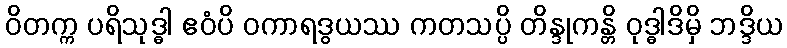
ဝိတက္က ပရိသုဒ္ဓါ ဧဝံပိ ဝကာရဒွယဿ ကတသပ္ပိ တိန္ဒုကန္တိ ဝုဒ္ဓါဒိမှိ ဘဒ္ဒိယ